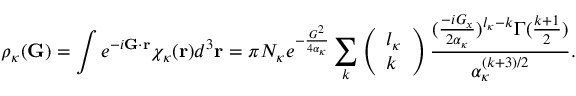
\rho _ { \kappa } ( \mathbf { G } ) = \int e ^ { - i \mathbf { G } \cdot \mathbf { r } } \chi _ { \kappa } ( \mathbf { r } ) d ^ { 3 } \mathbf { r } = \pi N _ { \kappa } e ^ { - \frac { G ^ { 2 } } { 4 \alpha _ { \kappa } } } \sum _ { k } \left( \begin{array} { l } { l _ { \kappa } } \\ { k } \end{array} \right) \frac { ( \frac { - i G _ { x } } { 2 \alpha _ { \kappa } } ) ^ { l _ { \kappa } - k } \Gamma ( \frac { k + 1 } { 2 } ) } { \alpha _ { \kappa } ^ { ( k + 3 ) / 2 } } .